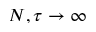
N , \tau \to \infty